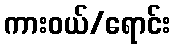
ကားဝယ်/ရောင်း